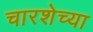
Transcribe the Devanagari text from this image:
चारशेच्या